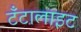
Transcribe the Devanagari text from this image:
टँटालाइट